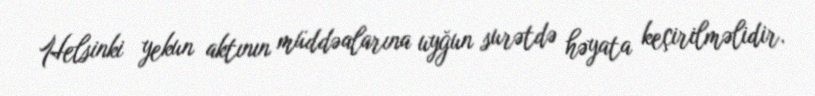
Helsinki yekun aktının müddəalarına uyğun surətdə həyata keçirilməlidir.